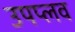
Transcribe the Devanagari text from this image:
उपप्लव